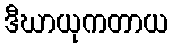
ဒီဃာယုကတာယ